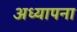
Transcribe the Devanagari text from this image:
अध्यापना